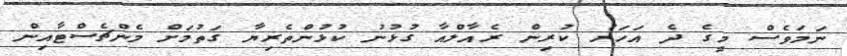
ނަމަވެސް މީގެ ދެ އަހަރު ކުރިން ރެއާލްއާ ގުޅުނު ކުޅުންތެރިޔާ ގަތުމަށް މެންޗެސްޓާއިން